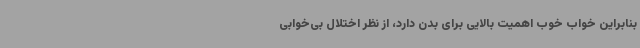
بنابراین خواب خوب اهمیت بالایی برای بدن دارد، از نظر اختلال بی‌خوابی